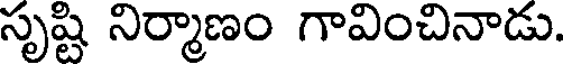
సృష్టి నిర్మాణం గావించినాడు.